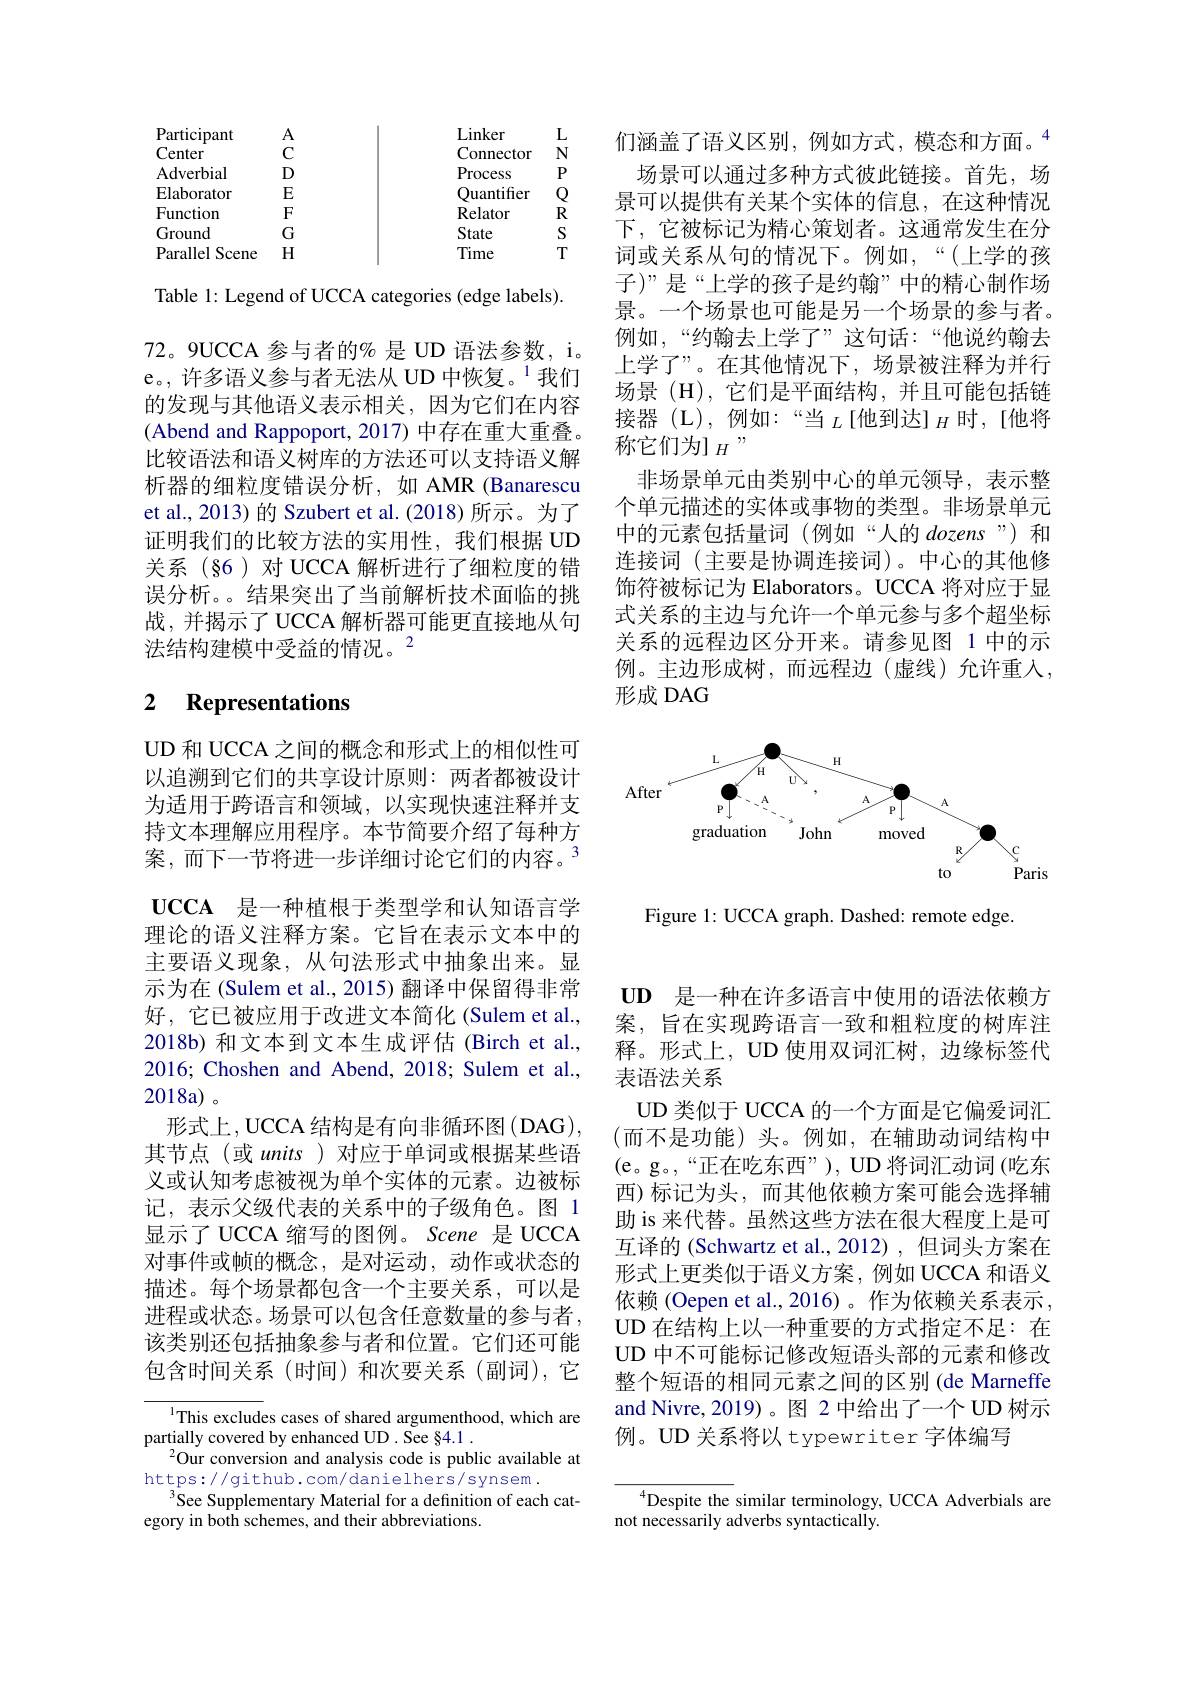
<table>
	<tbody>
		<tr>
			<th>cuti*** Center</th>
			<th>1 C</th>
			<th>THAL Connector</th>
			<th>$N$</th>
		</tr>
		<tr>
			<td>Adverbia</td>
			<td>$D$</td>
			<td>Process</td>
			<td>$P$</td>
		</tr>
		<tr>
			<td>Elaborator</td>
			<td>$E$</td>
			<td>Ouantifier</td>
			<td> </td>
		</tr>
		<tr>
			<td>Functiom</td>
			<td>$F$</td>
			<td>Relator</td>
			<td>$R$</td>
		</tr>
		<tr>
			<td>Ground</td>
			<td>G</td>
			<td>State</td>
			<td>S</td>
		</tr>
		<tr>
			<td>Parallel Scene 1</td>
			<td>$H$</td>
			<td>Time</td>
			<td>$T$ </td>
		</tr>
	</tbody>
</table>

Table 1: Legend of UCCA categories (edge labels).

72。9UCCA 参与者的% 是 UD 语法参数，i。e。,许多语义参与者无法从 UD 中恢复。$^{1}$我们的发现与其他语义表示相关，因为它们在内容(Abend and Rappoport, 2017) 中存在重大重叠。比较语法和语义树库的方法还可以支持语义解析器的细粒度错误分析，如 AMR (Banarescu et al., 2013) 的 Szubert et al. (2018) 所示。为了证明我们的比较方法的实用性，我们根据 UD 关系(§6)对UCCA 解析进行了细粒度的错误分析。。结果突出了当前解析技术面临的挑战，并揭示了 UCCA 解析器可能更直接地从句法结构建模中受益的情况。2

# 2 Representations

UD 和 UCCA 之间的概念和形式上的相似性可以追溯到它们的共享设计原则：两者都被设计为适用于跨语言和领域，以实现快速注释并支持文本理解应用程序。本节简要介绍了每种方案，而下一节将进一步详细讨论它们的内容。$^{3}$ UCCA 是一种植根于类型学和认知语言学理论的语义注释方案。它旨在表示文本中的主要语义现象，从句法形式中抽象出来。显示为在 (Sulem et al., 2015) 翻译中保留得非常好，它已被应用于改进文本简化 (Sulem et al., 2018b) 和文本到文本生成评估 (Birch et al., 2016; Choshen and Abend, 2018; Sulem et al., 2018a) 。
形式上，UCCA 结构是有向非循环图(DAG), 其节点(或 units)对应于单词或根据某些语义或认知考虑被视为单个实体的元素。边被标记，表示父级代表的关系中的子级角色。图 1显示了 UCCA 缩写的图例。Scene 是 UCCA 对事件或帧的概念，是对运动，动作或状态的描述。每个场景都包含一个主要关系，可以是进程或状态。场景可以包含任意数量的参与者， 该类别还包括抽象参与者和位置。它们还可能包含时间关系(时间)和次要关系(副词),它

$^{1}$This excludes cases of shared argumenthood, which are
partially covered by enhanced UD . See §4.1 .
$^{2}$Our conversion and analysis code is public available at
https://github.com/danielhers/synsem.
See Supplementary Material for a definition of each cat-
egory in both schemes, and their abbreviations.

们涵盖了语义区别，例如方式，模态和方面。$^{4}$
场景可以通过多种方式彼此链接。首先，场景可以提供有关某个实体的信息，在这种情况下，它被标记为精心策划者。这通常发生在分词或关系从句的情况下。例如，“(上学的孩子)”是“上学的孩子是约翰”中的精心制作场景。一个场景也可能是另一个场景的参与者。例如，“约翰去上学了”这句话：“他说约翰去上学了”。在其他情况下，场景被注释为并行场景(H),它们是平面结构，并且可能包括链接器(L),例如：“当$_L$[他到达]$_H$时，[他将称它们为] $_H,$,
非场景单元由类别中心的单元领导，表示整个单元描述的实体或事物的类型。非场景单元中的元素包括量词(例如“人的$dozens”)$和连接词(主要是协调连接词)。中心的其他修饰符被标记为 Elaborators。UCCA 将对应于显式关系的主边与允许一个单元参与多个超坐标关系的远程边区分开来。请参见图 1 中的示例。主边形成树，而远程边(虚线)允许重入， 形成 DAG

<FigureHere>

Figure 1: UCCA graph. Dashed: remote edge.

UD 是一种在许多语言中使用的语法依赖方案，旨在实现跨语言一致和粗粒度的树库注释。形式上，UD 使用双词汇树，边缘标签代表语法关系
UD 类似于 UCCA 的一个方面是它偏爱词汇(而不是功能)头。例如，在辅助动词结构中(e。g。,“正在吃东西”),UD将词汇动词(吃东西)标记为头，而其他依赖方案可能会选择辅助 is 来代替。虽然这些方法在很大程度上是可互译的 (Schwartz et al.,2012),但词头方案在形式上更类似于语义方案，例如 UCCA 和语义依赖 (Oepen et al.,2016)。作为依赖关系表示， UD 在结构上以一种重要的方式指定不足：在UD 中不可能标记修改短语头部的元素和修改整个短语的相同元素之间的区别 (de Marneffe and Nivre, 2019)。图 2 中给出了一个 UD 树示例。UD 关系将以 typewriter 字体编写

$^{4}$Despite the similar terminology, UCCA Adverbials are
not necessarily adverbs syntactically.